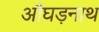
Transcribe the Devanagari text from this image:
औघड़नाथ